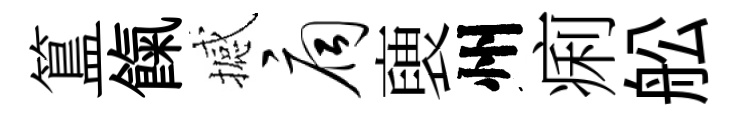
簋餼撼扃褏州痢舩